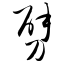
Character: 劈